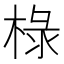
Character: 椂